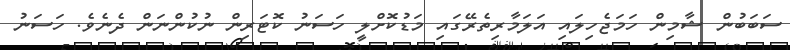
ސަބަބުން ޝާމިން ހަމަޖެހިލައި އަލަމާރިތެރޭގައި މަޑުކޮށްލީ ހަސަނު ކޮޓަރިން ނުކުންނަން ދެނެވެ. ހަސަނު